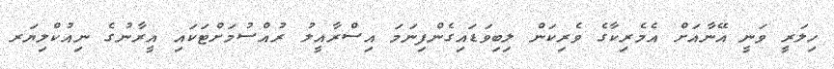
ހިލަރީ ވަނީ އޭނާއަށް އެމެރިކާގެ ވެރިކަން ލިބިވަޑައިގެންފިނަމަ އިސްރާއީލު ރުއްސުމަށްޓަކައި އީރާނުގެ ނިއުކްލިޔަރ